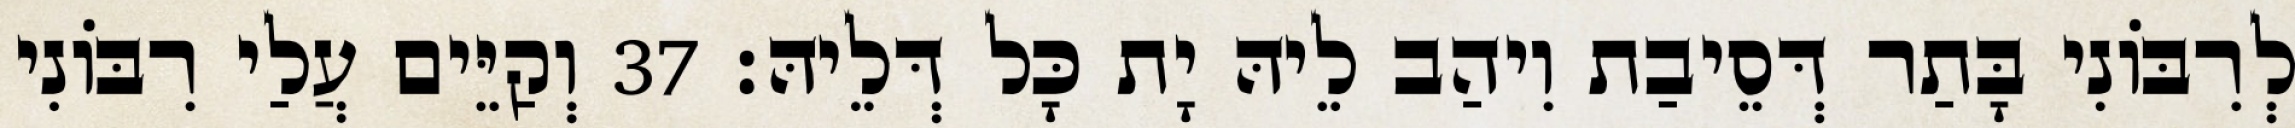
לְרִבּוֹנִי בָּתַר דְּסֵיבַת וִיהַב לֵיהּ יָת כָּל דְּלֵיהּ׃ 37 וְקַיֵּים עֲלַי רִבּוֹנִי